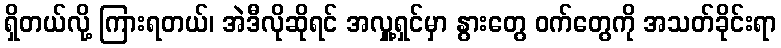
ရှိတယ်လို့ ကြားရတယ်၊ အဲဒီလိုဆိုရင် အလှူ့ရှင်မှာ နွားတွေ ဝက်တွေကို အသတ်ခိုင်းရာ